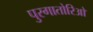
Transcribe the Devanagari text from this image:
पुरगातोरिओ